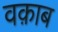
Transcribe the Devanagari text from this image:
वक़ाब